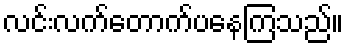
လင်းလက်တောက်ပနေကြသည်။